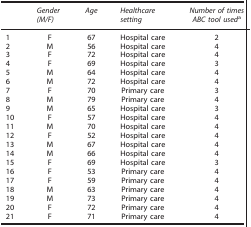
<table><thead><tr><td><b> </b></td><td><b><i>Gender (M/F)</i></b></td><td><b><i>Age</i></b></td><td><b><i>Healthcare setting</i></b></td><td><b><i>Number of times ABC tool used</i>a</b></td></tr></thead><tbody><tr><td>1</td><td>F</td><td>67</td><td>Hospital care</td><td>2</td></tr><tr><td>2</td><td>M</td><td>56</td><td>Hospital care</td><td>4</td></tr><tr><td>3</td><td>F</td><td>72</td><td>Hospital care</td><td>4</td></tr><tr><td>4</td><td>F</td><td>69</td><td>Hospital care</td><td>3</td></tr><tr><td>5</td><td>M</td><td>64</td><td>Hospital care</td><td>4</td></tr><tr><td>6</td><td>M</td><td>72</td><td>Hospital care</td><td>4</td></tr><tr><td>7</td><td>F</td><td>70</td><td>Primary care</td><td>3</td></tr><tr><td>8</td><td>M</td><td>79</td><td>Primary care</td><td>4</td></tr><tr><td>9</td><td>M</td><td>65</td><td>Hospital care</td><td>3</td></tr><tr><td>10</td><td>F</td><td>57</td><td>Hospital care</td><td>4</td></tr><tr><td>11</td><td>M</td><td>70</td><td>Hospital care</td><td>4</td></tr><tr><td>12</td><td>F</td><td>52</td><td>Hospital care</td><td>4</td></tr><tr><td>13</td><td>M</td><td>67</td><td>Hospital care</td><td>4</td></tr><tr><td>14</td><td>M</td><td>66</td><td>Hospital care</td><td>4</td></tr><tr><td>15</td><td>F</td><td>69</td><td>Hospital care</td><td>3</td></tr><tr><td>16</td><td>F</td><td>53</td><td>Primary care</td><td>4</td></tr><tr><td>17</td><td>F</td><td>59</td><td>Primary care</td><td>4</td></tr><tr><td>18</td><td>M</td><td>63</td><td>Primary care</td><td>4</td></tr><tr><td>19</td><td>M</td><td>73</td><td>Primary care</td><td>4</td></tr><tr><td>20</td><td>F</td><td>72</td><td>Primary care</td><td>4</td></tr><tr><td>21</td><td>F</td><td>71</td><td>Primary care</td><td>4</td></tr></tbody></table>